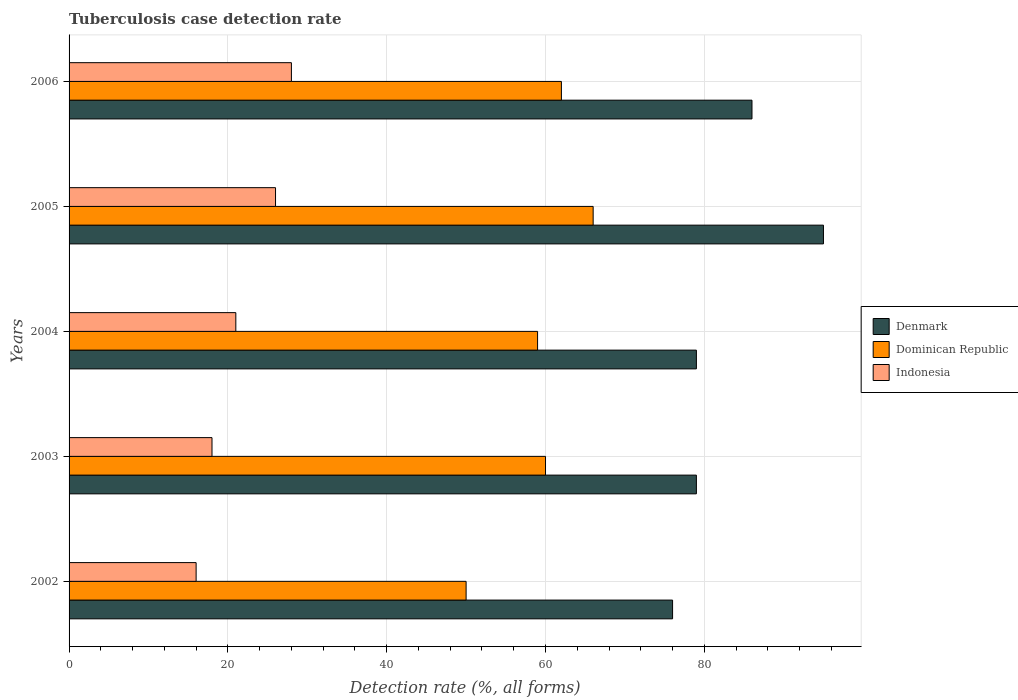
| Years | Denmark | Dominican Republic | Indonesia |
 | --- | --- | --- | --- |
 | 2002 | 76 | 50 | 16 |
 | 2003 | 79 | 60 | 18 |
 | 2004 | 79 | 59 | 21 |
 | 2005 | 95 | 66 | 26 |
 | 2006 | 86 | 62 | 28 |